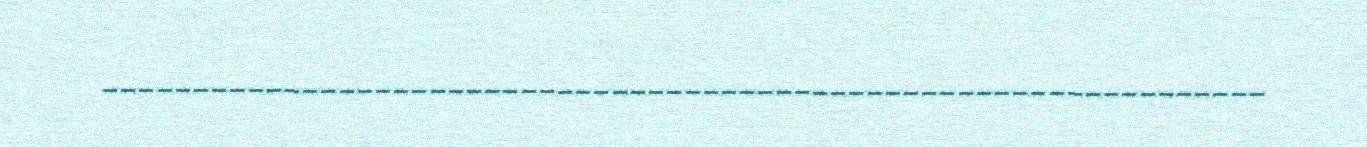
________________________________________________________________